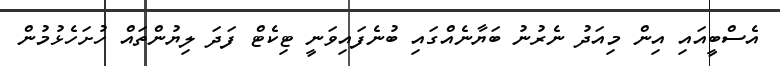
އެސްބީއައި އިން މިއަދު ނެރުނު ބަޔާނެއްގައި ބުނެފައިވަނީ ޓިކެޓް ފަދަ ލިޔުންތައް ހުށަހެޅުމުން